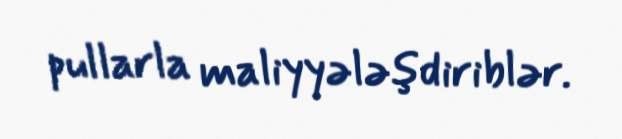
pullarla maliyyələşdiriblər.